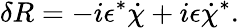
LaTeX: \delta R=-i\epsilon^{*}\dot{\chi}+i\epsilon\dot{\chi}^{*}.